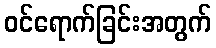
ဝင်ရောက်ခြင်းအတွက်